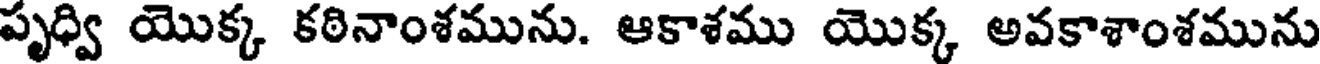
పృధ్వి యొక్క కఠినాంశమును. ఆకాశము యొక్క అవకాశాంశమును